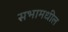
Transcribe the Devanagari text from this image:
सभामधील